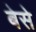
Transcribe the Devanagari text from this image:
बेसे